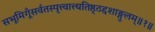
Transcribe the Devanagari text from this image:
सभूमिगूँसर्वतस्पृत्त्वात्त्यतिष्ठ्ठद्दशाङ्गुलम्॥१॥